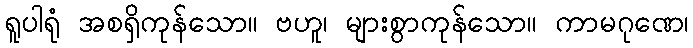
ရူပါရုံ အစရှိကုန်သော။ ဗဟူ၊ များစွာကုန်သော။ ကာမဂုဏေ၊